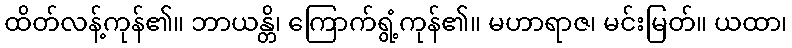
ထိတ်လန့်ကုန်၏။ ဘာယန္တိ၊ ကြောက်ရွံ့ကုန်၏။ မဟာရာဇ၊ မင်းမြတ်။ ယထာ၊